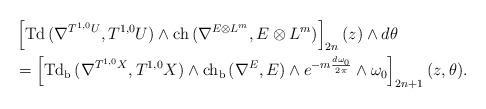
LaTeX: \begin{align*} &\left[\mathrm{Td\,}(\nabla^{T^{1,0}U},T^{1,0}U)\wedge\mathrm{ch\,}(\nabla^{E\otimes L^m},E\otimes L^m)\right]_{2n}(z)\wedge d\theta \\&=\left[\mathrm{Td_b\,}(\nabla^{T^{1,0}X},T^{1,0}X)\wedge\mathrm{ch_b\,}(\nabla^{E},E)\wedge e^{-m\frac{d\omega_0}{2\pi}}\wedge\omega_0\right]_{2n+1}(z,\theta). \end{align*}